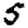
Digit: 5